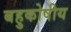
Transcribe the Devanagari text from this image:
बहुकोषीय